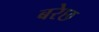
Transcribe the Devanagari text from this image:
बरेछ